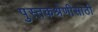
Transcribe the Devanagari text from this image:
पुस्तकश्रेणीसाठी